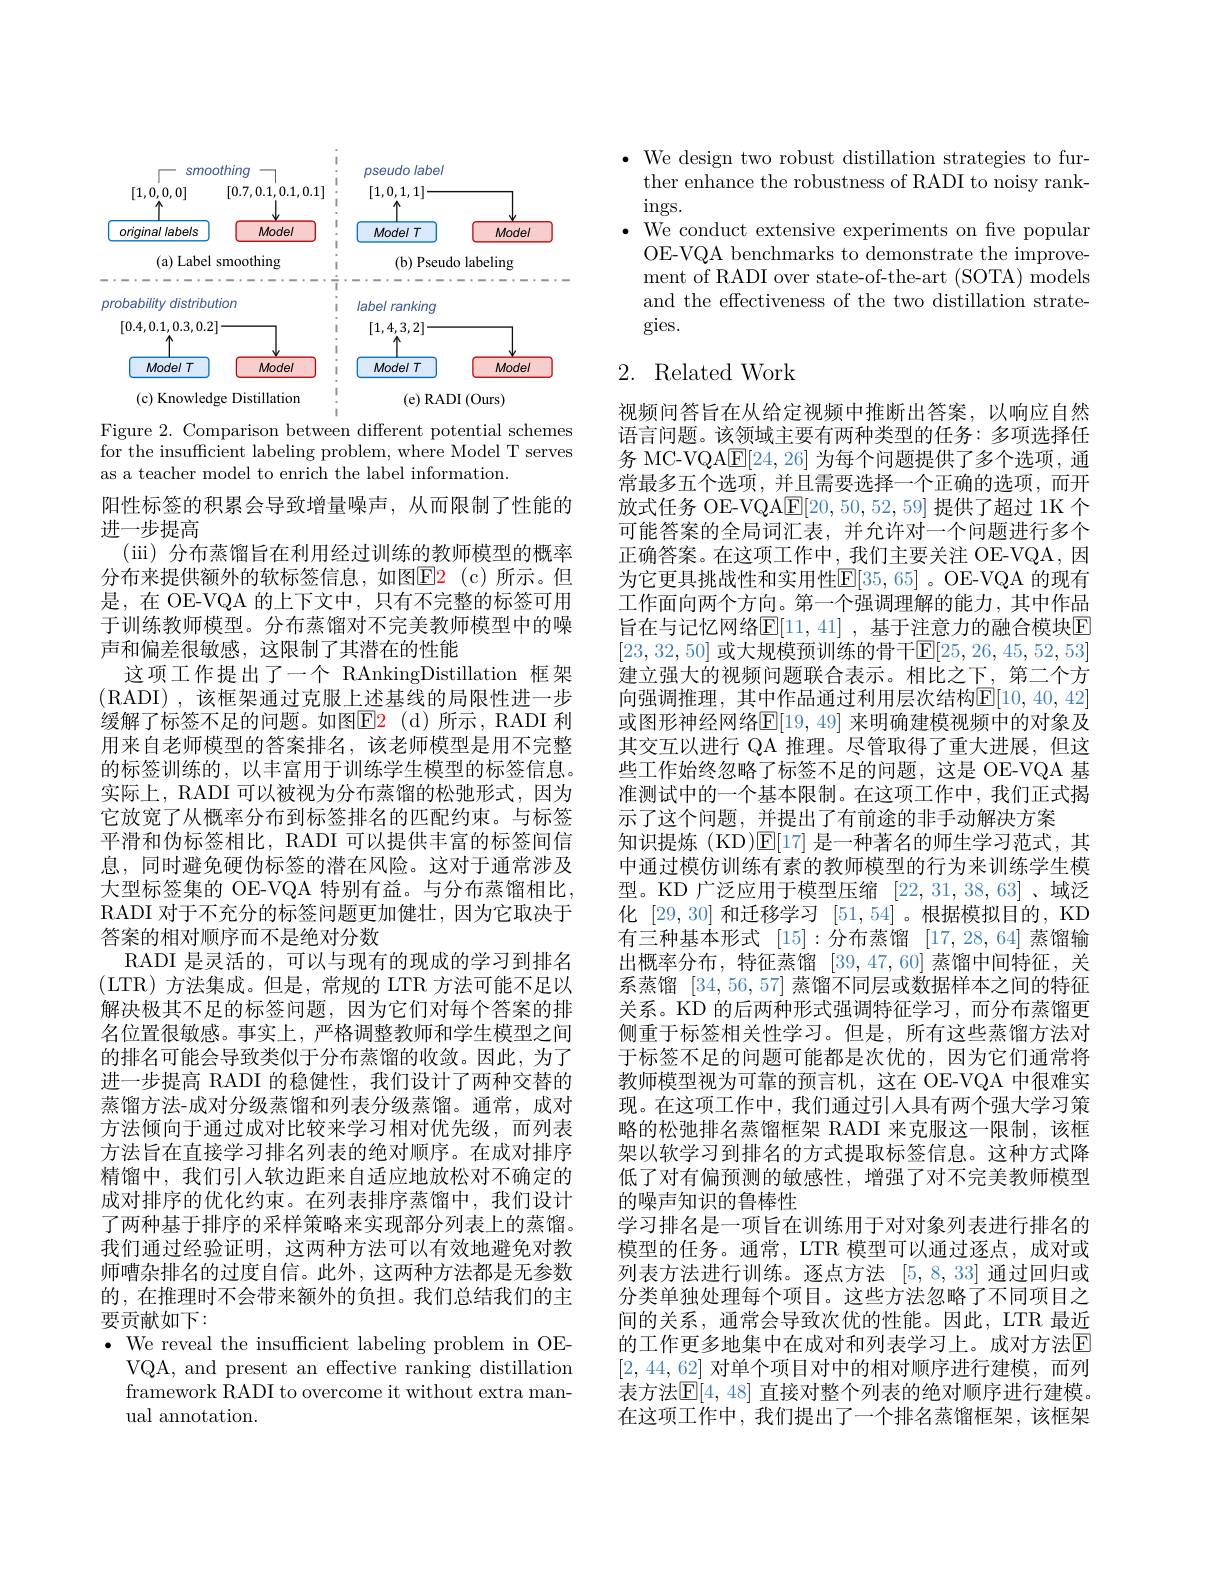
<FigureHere>

Figure 2. Comparison between different potential schemes $\bar{\text{for the insufficient labeling problem, where Model T serves}}$ as a teacher model to enrich the label information.

阳性标签的积累会导致增量噪声，从而限制了性能的
进一步提高
(iii)分布蒸馏旨在利用经过训练的教师模型的概率分布来提供额外的软标签信息，如图$\color{red}{\mathrm{E2}}$(c)所示。但是，在 OE-VQA 的上下文中，只有不完整的标签可用于训练教师模型。分布蒸馏对不完美教师模型中的噪声和偏差很敏感，这限制了其潜在的性能
这项工作提出了一个 RAnkingDistillation 框架(RADI),该框架通过克服上述基线的局限性进一步缓解了标签不足的问题。如图$\color{red}{\mathrm{E2}}$(d)所示，RADI 利用来自老师模型的答案排名，该老师模型是用不完整的标签训练的，以丰富用于训练学生模型的标签信息。实际上，RADI 可以被视为分布蒸馏的松弛形式，因为它放宽了从概率分布到标签排名的匹配约束。与标签平滑和伪标签相比，RADI 可以提供丰富的标签间信息，同时避免硬伪标签的潜在风险。这对于通常涉及大型标签集的 OE-VQA 特别有益。与分布蒸馏相比， RADI 对于不充分的标签问题更加健壮，因为它取决于答案的相对顺序而不是绝对分数
RADI 是灵活的，可以与现有的现成的学习到排名(LTR)方法集成。但是，常规的 LTR 方法可能不足以解决极其不足的标签问题，因为它们对每个答案的排名位置很敏感。事实上，严格调整教师和学生模型之间的排名可能会导致类似于分布蒸馏的收敛。因此，为了进一步提高 RADI 的稳健性，我们设计了两种交替的蒸馏方法-成对分级蒸馏和列表分级蒸馏。通常，成对方法倾向于通过成对比较来学习相对优先级，而列表方法旨在直接学习排名列表的绝对顺序。在成对排序精馏中，我们引人软边距来自适应地放松对不确定的成对排序的优化约束。在列表排序蒸馏中，我们设计了两种基于排序的采样策略来实现部分列表上的蒸馏。我们通过经验证明，这两种方法可以有效地避免对教师嘈杂排名的过度自信。此外，这两种方法都是无参数的，在推理时不会带来额外的负担。我们总结我们的主要贡献如下：
$\cdot$ We reveal the insufficient labeling problem in OE-
VQA, and present an effective ranking distillation framework RADI to overcome it without extra manual annotation.

$\bullet$ We design two robust distillation strategies to fur-
ther enhance the robustness of RADI to noisy rank-
$\operatorname{ings.}$
$\bullet$ We conduct extensive experiments on fve popular
OE-VQA benchmarks to demonstrate the improvement of RADI over state-of-the-art (SOTA) models and the effectiveness of the two distillation strategies.

## 2. Related Work

视频问答旨在从给定视频中推断出答案，以响应自然语言问题。该领域主要有两种类型的任务：多项选择任务 MC-VQA$\overline{\mathrm{E}}[24,26]$为每个问题提供了多个选项，通常最多五个选项，并且需要选择一个正确的选项，而开放式任务 OE-VQA$\underline{\mathrm{E}}[20,50,52,59]$提供了超过 1K 个可能答案的全局词汇表，并允许对一个问题进行多个正确答案。在这项工作中，我们主要关注 OE-VQA, 因为它更具挑战性和实用性$\mathbb{E}[35,65]$。OE-VQA 的现有工作面向两个方向。第一个强调理解的能力，其中作品旨在与记忆网络$\mathbb{E}[11,41]$ ,基于注意力的融合模块E [23,32,50] 或大规模预训练的骨干$\mathbb{E}[25,26,45,52,53]$ 建立强大的视频问题联合表示。相比之下，第二个方向强调推理，其中作品通过利用层次结构$\mathsf{E}[10,40,42]$ 或图形神经网络$\mathbb{E}[19,49]$ 来明确建模视频中的对象及其交互以进行 QA 推理。尽管取得了重大进展，但这些工作始终忽略了标签不足的问题，这是 OE-VQA 基准测试中的一个基本限制。在这项工作中，我们正式揭示了这个问题，并提出了有前途的非手动解决方案
知识提炼 (KD)$\mathbb{E}[17]$是一种著名的师生学习范式，其中通过模仿训练有素的教师模型的行为来训练学生模型。KD 广泛应用于模型压缩[22,31,38,63]、域泛化[29,30] 和迁移学习 [51,54] 。根据模拟目的，KD 有三种基本形式[15]:分布蒸馏[17,28,64]蒸馏输出概率分布，特征蒸馏[39,47,60]蒸馏中间特征，关系蒸馏[34,56,57]蒸馏不同层或数据样本之间的特征关系。KD 的后两种形式强调特征学习，而分布蒸馏更侧重于标签相关性学习。但是，所有这些蒸馏方法对于标签不足的问题可能都是次优的，因为它们通常将教师模型视为可靠的预言机，这在 OE-VQA 中很难实现。在这项工作中，我们通过引人具有两个强大学习策略的松弛排名蒸馏框架 RADI 来克服这一限制，该框架以软学习到排名的方式提取标签信息。这种方式降低了对有偏预测的敏感性，增强了对不完美教师模型的噪声知识的鲁棒性
学习排名是一项旨在训练用于对对象列表进行排名的模型的任务。通常，LTR 模型可以通过逐点，成对或列表方法进行训练。逐点方法[5,8,33]通过回归或分类单独处理每个项目。这些方法忽略了不同项目之间的关系，通常会导致次优的性能。因此，LTR 最近的工作更多地集中在成对和列表学习上。成对方法$\mathbb{E}$ [2,44,62]对单个项目对中的相对顺序进行建模，而列表方法$\mathbb{E}[4,48]$ 直接对整个列表的绝对顺序进行建模。在这项工作中，我们提出了一个排名蒸馏框架，该框架